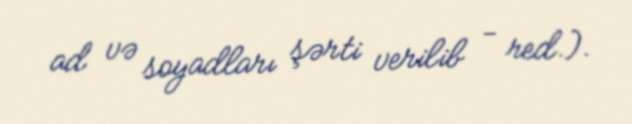
ad və soyadları şərti verilib - red.).